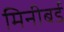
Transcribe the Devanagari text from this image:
मिनीबर्ड